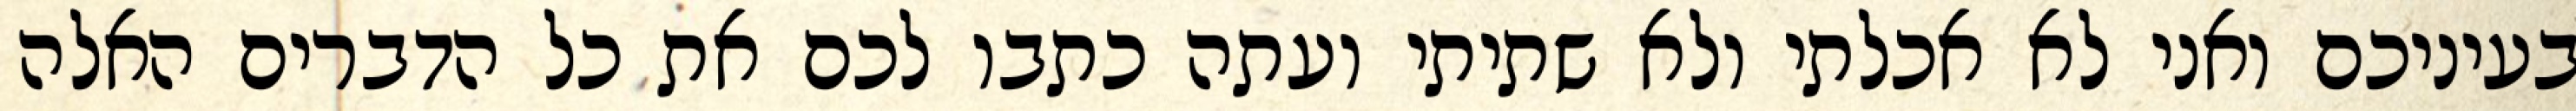
בעיניכם ואני לא אכלתי ולא שתיתי ועתה כתבו לכם את כל הדברים האלה